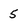
Character: 5